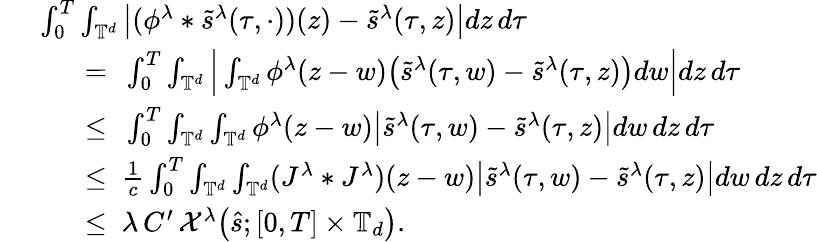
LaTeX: \begin{array}{rl}&{\ \int_{0}^{T}\int_{\mathbb{T}^{d}}\big|(\phi^{\lambda}*\tilde{s}^{\lambda}(\tau,\cdot))(z)-\tilde{s}^{\lambda}(\tau,z)\big|dz\, d\tau}\\ &{\quad\quad=\ \int_{0}^{T}\int_{\mathbb{T}^{d}}\Big|\int_{\mathbb{T}^{d}}\phi^{\lambda}(z-w)\big(\tilde{s}^{\lambda}(\tau,w)-\tilde{s}^{\lambda}(\tau,z)\big)dw\Big|dz\, d\tau}\\ &{\quad\quad\leq\ \int_{0}^{T}\int_{\mathbb{T}^{d}}\int_{\mathbb{T}^{d}}\phi^{\lambda}(z-w)\big|\tilde{s}^{\lambda}(\tau,w)-\tilde{s}^{\lambda}(\tau,z)\big|dw\, dz\, d\tau}\\ &{\quad\quad\leq\ \frac{1}{c}\int_{0}^{T}\int_{\mathbb{T}^{d}}\int_{\mathbb{T}^{d}}(J^{\lambda}*J^{\lambda})(z-w)\big|\tilde{s}^{\lambda}(\tau,w)-\tilde{s}^{\lambda}(\tau,z)\big|dw\, dz\, d\tau}\\ &{\quad\quad\leq\ \lambda\, C^{\prime}\, \mathcal{X}^{\lambda}\big(\hat{s};[0,T]\times\mathbb{T}_{d}\big).}\end{array}